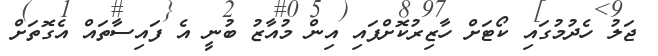
ޖަލު ހެދުމުގައި ކޯޓަށް ހާޒިރުކޮށްފައި އިން މުއާޒު ބުނީ އެ ފައިސާތައް އެގޮތަށް